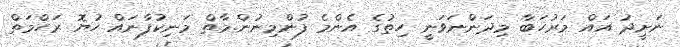
ނަށީދު އައް މަރުހަބާ މިދަންނަވަނީ ހިތުގެ އެންމެ ފުންމިނުން.މާތް މަނިކުފާނައް ހުޔޮ ރަހްމަތް